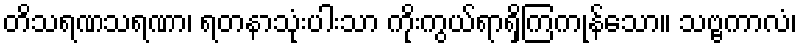
တိသရဏသရဏာ၊ ရတနာသုံးပါးသာ ကိုးကွယ်ရာရှိကြကုန်သော။ သဗ္ဗကာလံ၊